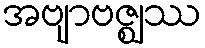
အဗျာဗဇ္ဈဿ